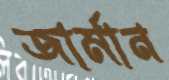
জার্মান